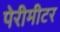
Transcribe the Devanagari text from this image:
पेरीमीटर